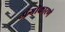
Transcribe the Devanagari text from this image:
अंगीकारणे